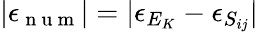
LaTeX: |\epsilon_{\mathrm{~n~u~m~}}|=|\epsilon_{E_{K}}-\epsilon_{S_{ij}}|